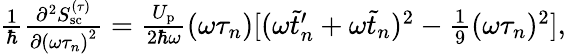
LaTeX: \begin{array}{r}{\frac{1}{\hbar}\frac{\partial^{2}S_{\mathrm{sc}}^{(\tau)}}{\partial{(\omega\tau_{n})}^{2}}=\frac{U_{\mathrm{p}}}{2\hbar\omega}(\omega\tau_{n})[(\omega\tilde{t}_{n}^{\prime}+\omega\tilde{t}_{n})^{2}-\frac{1}{9}(\omega\tau_{n})^{2}],}\end{array}